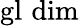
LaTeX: \operatorname{gl}\, \dim